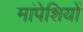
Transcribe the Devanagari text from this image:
मांपेशियों